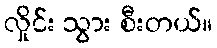
လှိုင်း သွား စီးတယ်။